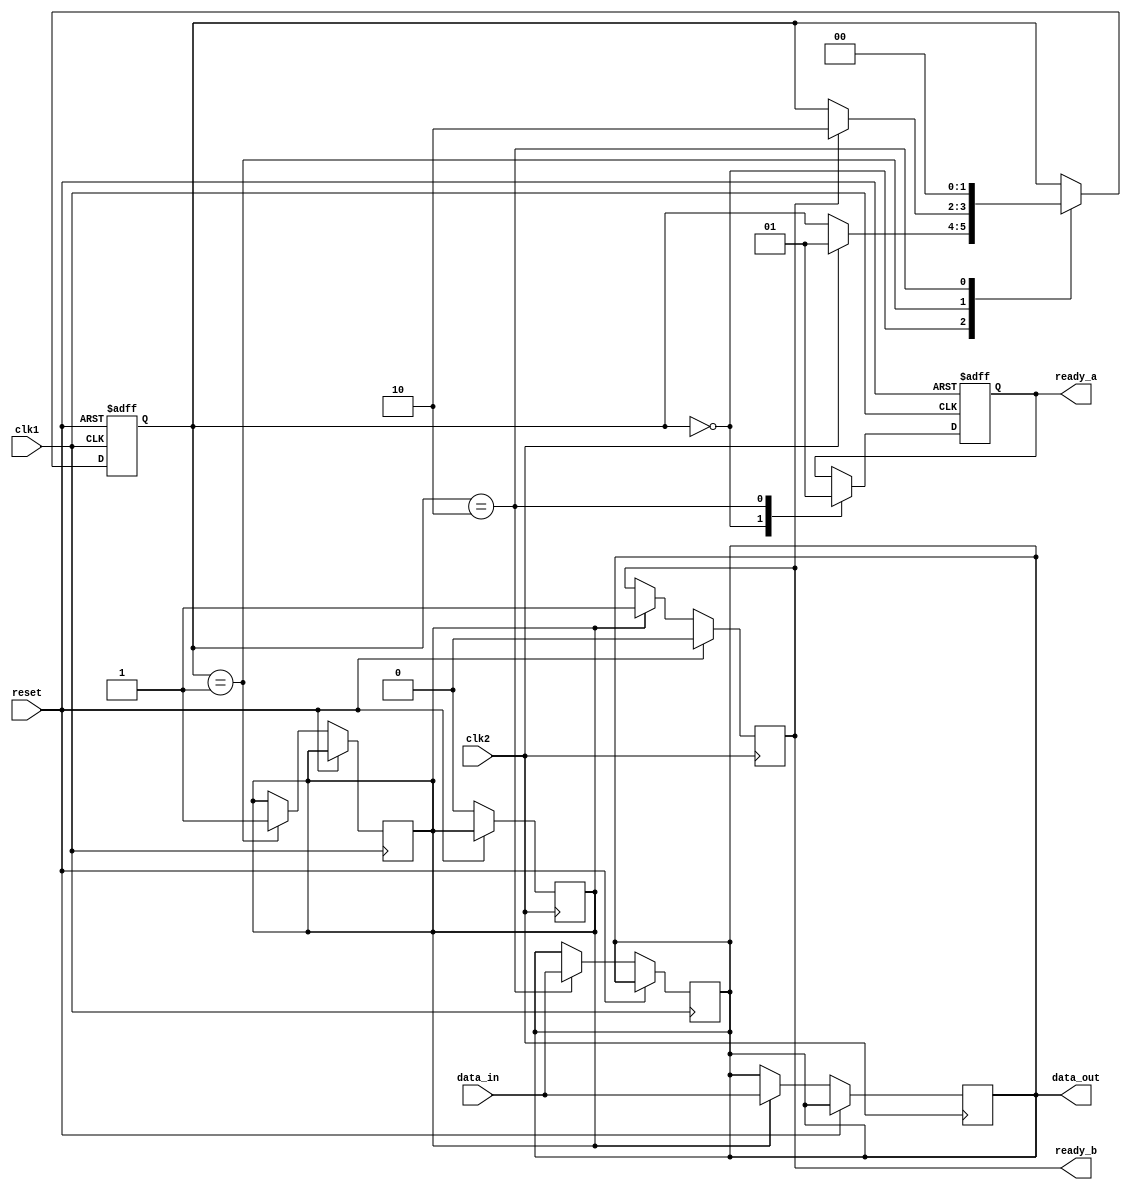
module synchronizer (
    input wire clk1,         // Clock signal for first clock domain
    input wire clk2,         // Clock signal for second clock domain
    input wire reset,        // Reset signal
    input wire data_in,      // Input data signal
    output wire data_out,    // Output synchronized data signal
    output reg ready_a,      // Ready signal for first clock domain
    output reg ready_b       // Ready signal for second clock domain
);

reg [1:0] state;
wire capture;

always @(posedge clk1 or posedge reset) begin
    if (reset) begin
        state <= 2'b00;
        ready_a <= 1'b0;
    end else begin
        case (state)
            2'b00: begin
                ready_a <= 1'b0;
                if (clk2) begin
                    state <= 2'b01;
                end
            end
            2'b01: begin
                capture <= 1'b1;
                if (ready_b) begin
                    state <= 2'b10;
                end
            end
            2'b10: begin
                data_out <= data_in;
                ready_a <= 1'b1;
                state <= 2'b00;
            end
        endcase
    end
end

always @(posedge clk2) begin
    if (reset) begin
        ready_b <= 1'b0;
    end else begin
        if (capture) begin
            data_out <= data_in;
            ready_b <= 1'b1;
            capture <= 1'b0;
        end
    end
end

endmodule